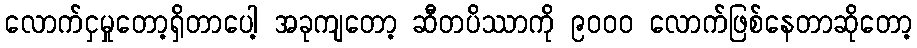
လောက်ငှမှုတော့ရှိတာပေါ့ အခုကျတော့ ဆီတပိဿာကို ၉၀၀၀ လောက်ဖြစ်နေတာဆိုတော့